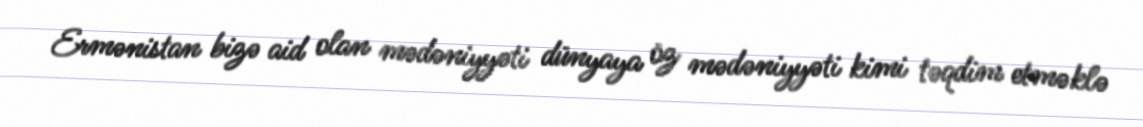
Ermənistan bizə aid olan mədəniyyəti dünyaya öz mədəniyyəti kimi təqdim etməklə